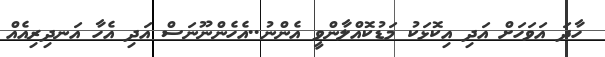
ހާދަ އަވަހަށް އަދި އިކޮޅަކު މަޑުކޮއްލާންވީ އެންނު..އެހެންނޫނަސް އަދި އެހާ އަނދިރިއެއް